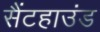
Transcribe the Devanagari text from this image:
सैंटहाउंड